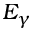
E _ { \gamma }